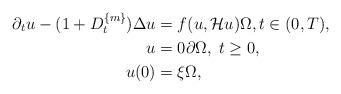
LaTeX: \begin{align*}\partial_t u - (1+D_t^{\{m\}})\Delta u & = f(u, \mathcal H u) \Omega, t\in (0,T),\\u & = 0 \partial\Omega,\; t\ge 0,\\u(0) & = \xi \Omega, \end{align*}